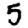
Digit: 5